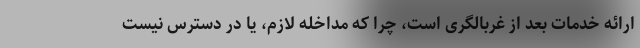
ارائه خدمات بعد از غربالگری است، چرا که مداخله لازم، یا در دسترس نیست